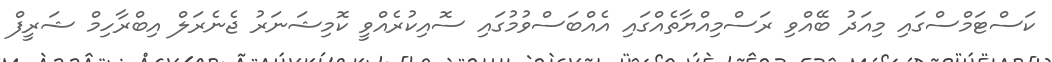
ކަސްޓަމްސްގައި މިއަދު ބޭއްވި ރަސްމިއްޔާތެއްގައި އެއްބަސްވުމުގައި ސޮއިކުރެއްވީ ކޮމިޝަނަރު ޖެނެރަލް އިބްރާހިމް ޝަރީފް